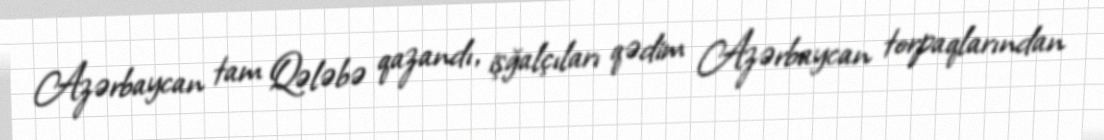
Azərbaycan tam Qələbə qazandı, işğalçıları qədim Azərbaycan torpaqlarından